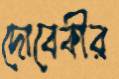
দোবেকীর